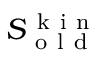
S _ { \mathrm { ~ o ~ l ~ d ~ } } ^ { \mathrm { ~ k ~ i ~ n ~ } }